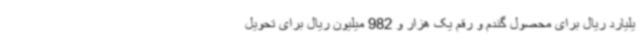
یلیارد ریال برای محصول گندم و رقم یک هزار و 982 میلیون ریال برای تحویل